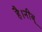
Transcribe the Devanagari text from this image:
है।नींबू